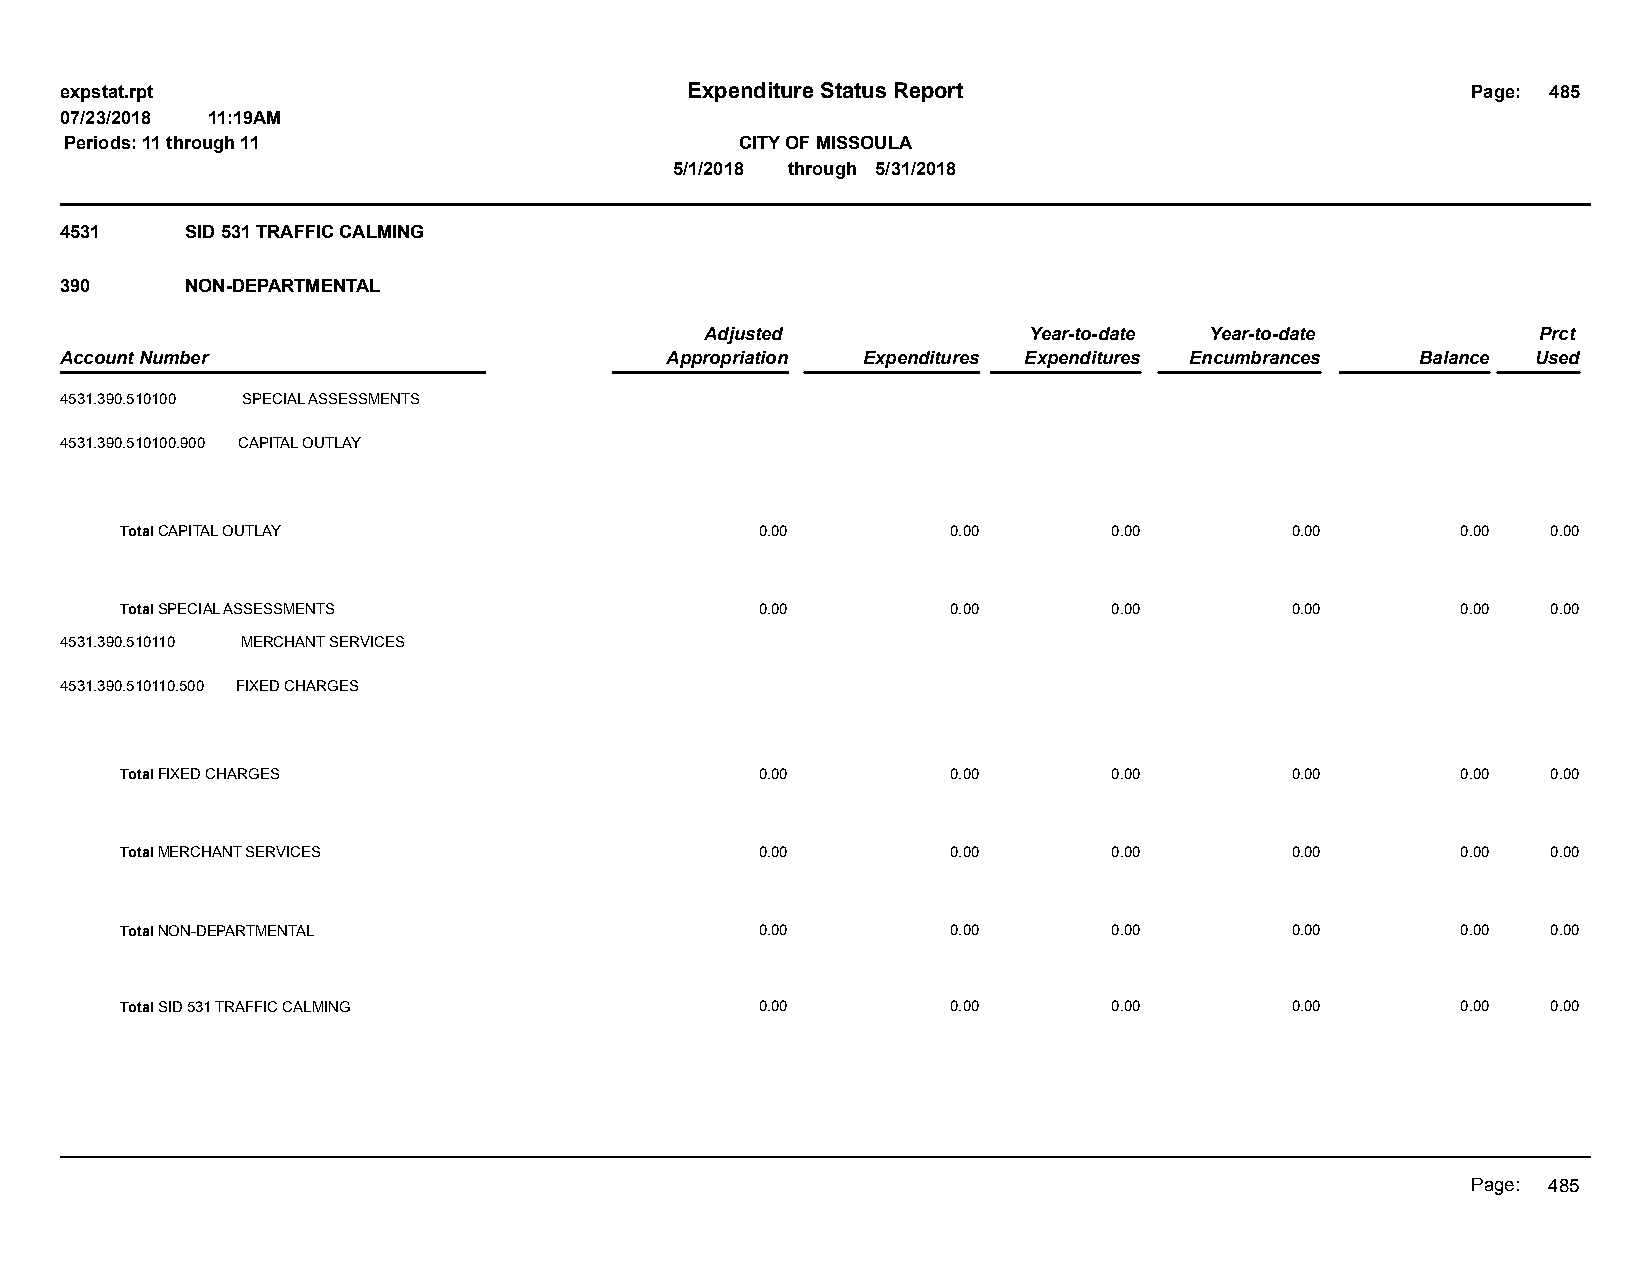
expstat.rpt                              Expenditure Status Report                           Page: 485
 07/23/2018 11:19AM
 Periods: 11 through 11                       CITY OF MISSOULA
 5/1/2018 through 5/31/2018
 4531    SID 531 TRAFFIC CALMING
 390     NON-DEPARTMENTAL
 Adjusted             Year-to-date Year-to-date         Prct
 Account Number                          Appropriation Expenditures Expenditures Encumbrances Balance Used
 4531.390.510100 SPECIAL ASSESSMENTS
 4531.390.510100.900 CAPITAL OUTLAY
 Total CAPITAL OUTLAY                      0.00         0.00       0.00       0.00        0.00  0.00
 Total SPECIAL ASSESSMENTS                 0.00         0.00       0.00       0.00        0.00  0.00
 4531.390.510110 MERCHANT SERVICES
 4531.390.510110.500 FIXED CHARGES
 Total FIXED CHARGES                       0.00         0.00       0.00       0.00        0.00  0.00
 Total MERCHANT SERVICES                   0.00         0.00       0.00       0.00        0.00  0.00
 Total NON-DEPARTMENTAL                    0.00         0.00       0.00       0.00        0.00  0.00
 Total SID 531 TRAFFIC CALMING             0.00         0.00       0.00       0.00        0.00  0.00
 Page: 485